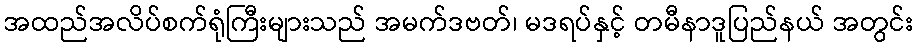
အထည်အလိပ်စက်ရုံကြီးများသည် အမက်ဒဗတ်၊ မဒရပ်နှင့် တမီနာဒူပြည်နယ် အတွင်း